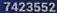
7423552